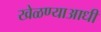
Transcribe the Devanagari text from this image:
खेळण्याआधी